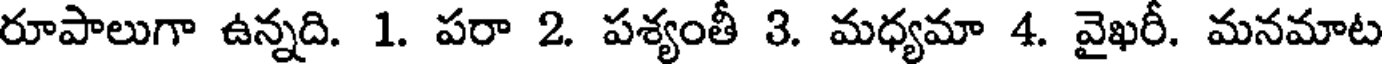
రూపాలుగా ఉన్నది. 1. పరా 2. పశ్యంతీ 3. మధ్యమా 4. వైఖరీ. మనమాట